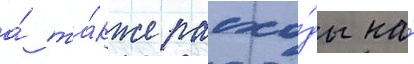
а́ та́кже расхо́ды на́